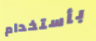
بأستخدام